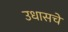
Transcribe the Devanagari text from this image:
उधासचे